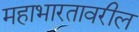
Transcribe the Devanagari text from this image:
महाभारतावरील